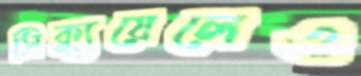
সিক্যুয়েলেও